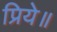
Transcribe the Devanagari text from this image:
प्रिये॥